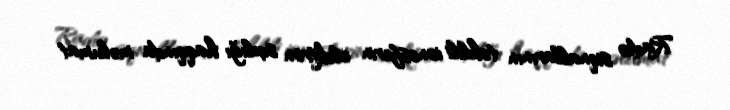
Radio siqnallarının təhlili ionosferin elektron sıxlığı haqqında məlumat